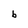
Character: b